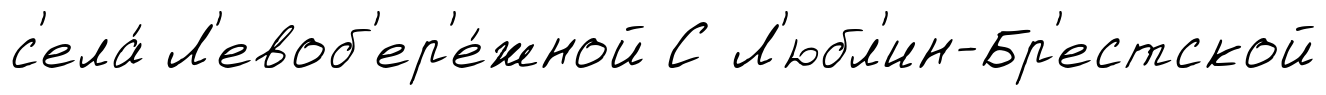
с'ела́ Л'евоб'ер'е́жной С Л'юбл'ин-Бр'естской